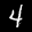
Label: 4